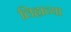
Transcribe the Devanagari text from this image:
लिहाव्या